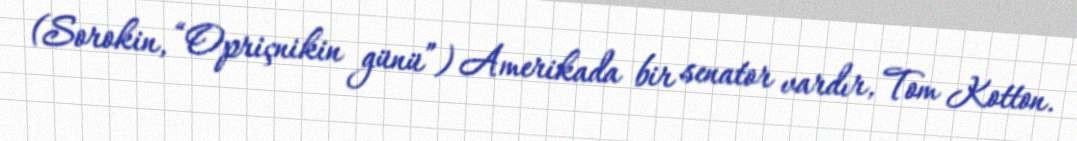
(Sorokin, “Opriçnikin günü”) Amerikada bir senator vardır, Tom Kotton.